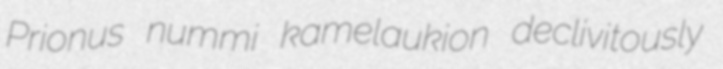
Prionus nummi kamelaukion declivitously